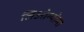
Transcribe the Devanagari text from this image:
लिओम्योमा